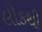
લીકથી